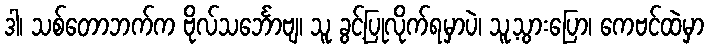
ဒါ၊ သစ်တောဘက်က ဗိုလ်သင်္ဘောဗျ၊ သူ ခွင့်ပြုလိုက်ရမှာပဲ၊ သူ့သွားပြော၊ ကေဗင်ထဲမှာ